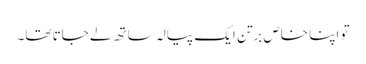
تو اپنا خاص برتن ایک پیالہ ساتھ لے جاتا تھا۔